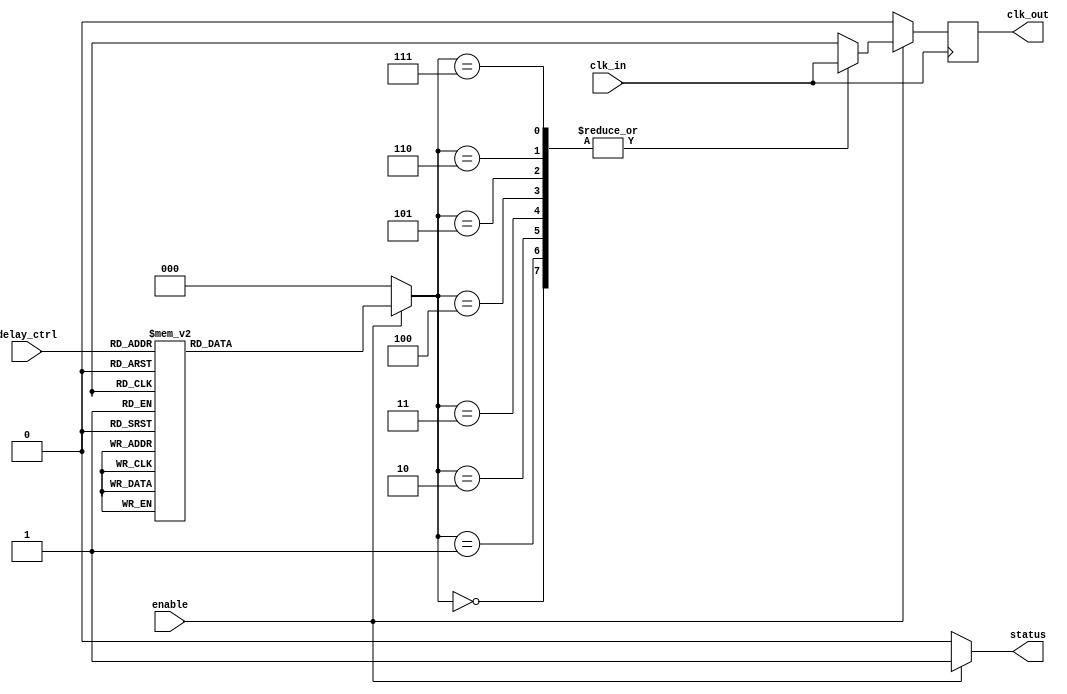
module DelayClockBuffer (
    input wire clk_in,          // Primary clock input
    input wire [2:0] delay_ctrl, // Control signal for delay (3-bit for 8 delay levels)
    input wire enable,          // Enable signal
    output reg clk_out,         // Delayed clock output
    output reg status           // Status output
);

    // Internal signals for delay elements
    reg [7:0] delay_elements; // Array to hold delay elements (for example purposes)
    reg [2:0] delay_setting;   // Current delay setting based on delay_ctrl

    // Initialize delay elements (for simulation purposes)
    initial begin
        delay_elements = 8'b00000000; // Initialize to zero delay
    end

    // Combinational logic to determine the delay setting
    always @(*) begin
        if (enable) begin
            case (delay_ctrl)
                3'b000: delay_setting = 3'd0; // No delay
                3'b001: delay_setting = 3'd1; // 1 clock cycle delay
                3'b010: delay_setting = 3'd2; // 2 clock cycles delay
                3'b011: delay_setting = 3'd3; // 3 clock cycles delay
                3'b100: delay_setting = 3'd4; // 4 clock cycles delay
                3'b101: delay_setting = 3'd5; // 5 clock cycles delay
                3'b110: delay_setting = 3'd6; // 6 clock cycles delay
                3'b111: delay_setting = 3'd7; // 7 clock cycles delay
                default: delay_setting = 3'd0; // Default to no delay
            endcase
            status = 1'b1; // Buffer is enabled
        end else begin
            delay_setting = 3'd0; // No delay when disabled
            status = 1'b0; // Buffer is disabled
        end
    end

    // Sequential logic to generate the delayed clock output
    always @(posedge clk_in) begin
        if (enable) begin
            // Apply the delay based on the delay_setting
            case (delay_setting)
                3'd0: clk_out <= clk_in; // No delay
                3'd1: clk_out <= #1 clk_in; // 1 clock cycle delay
                3'd2: clk_out <= #2 clk_in; // 2 clock cycles delay
                3'd3: clk_out <= #3 clk_in; // 3 clock cycles delay
                3'd4: clk_out <= #4 clk_in; // 4 clock cycles delay
                3'd5: clk_out <= #5 clk_in; // 5 clock cycles delay
                3'd6: clk_out <= #6 clk_in; // 6 clock cycles delay
                3'd7: clk_out <= #7 clk_in; // 7 clock cycles delay
                default: clk_out <= clk_in; // Default to no delay
            endcase
        end else begin
            clk_out <= 1'b0; // Hold low when disabled
        end
    end

endmodule